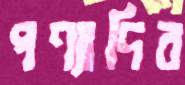
পণ্যাদির